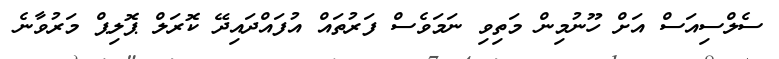
ސެލްސިއަސް އަށް ހޫނުމިން މަތިވި ނަމަވެސް ފަރުތައް އުފައްދައިދޭ ކޮރަލް ޕޮލިޕް މަރުވާނެ